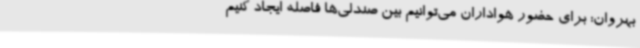
بهروان: برای حضور هواداران می‌توانیم بین صندلی‌ها فاصله ایجاد کنیم